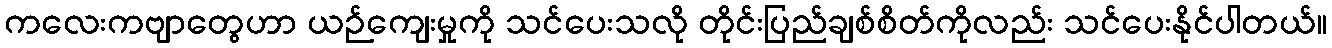
ကလေးကဗျာတွေဟာ ယဉ်ကျေးမှုကို သင်ပေးသလို တိုင်းပြည်ချစ်စိတ်ကိုလည်း သင်ပေးနိုင်ပါတယ်။